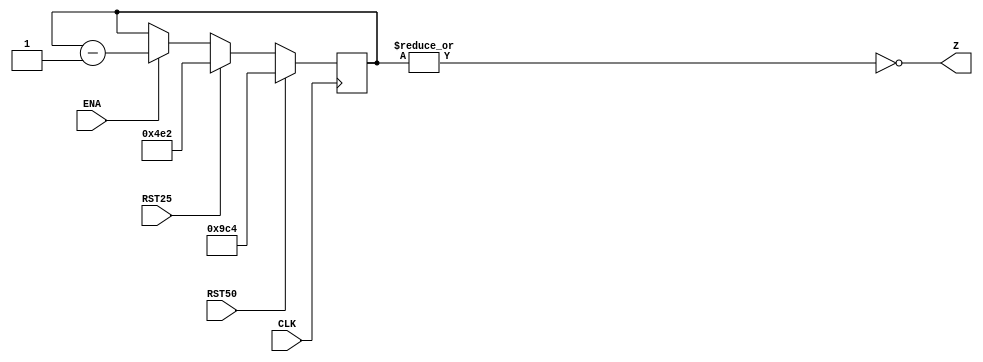
`timescale 1ns / 1ps

module ContadorDown50uEnaDown(CLK,RST50,RST25,ENA,Z);
	input CLK,RST50,RST25,ENA;
	output wire Z;
	
	reg [11:0] R;
	
	always @(negedge CLK)
		if (RST50)
			R=12'h9C4;
		else if (RST25)
			R=12'h4E2;
		else if (ENA)
			R=R-1;
		else
			R=R;
			
	assign Z=~|R;
	
endmodule